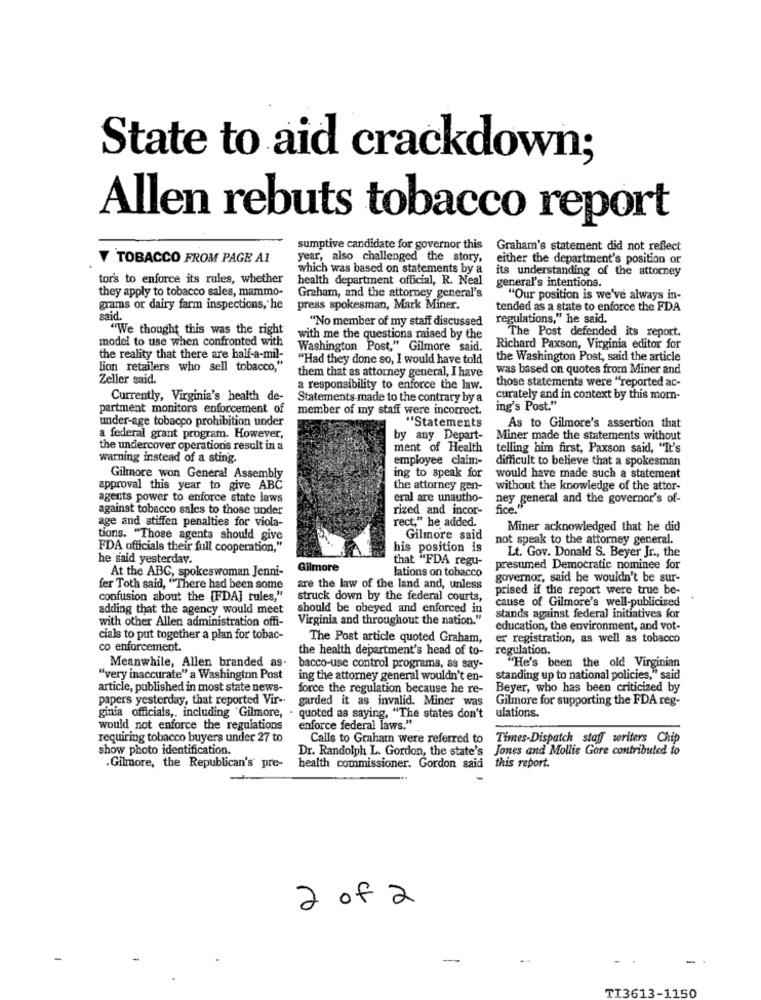
State to aid crackdown;
Allen rebuts tobacco report
sumptive candidate for governor this
Graham's statement did not reflect
TOBACCO FROM PAGE AI
year, also challenged the story,
either the department's position or
which was based on statements by a
its understanding of the attorney
tor's to enforce its rules, whether
health department official, R. Neal
general's intentions.
they apply to tobacco sales, mammo-
Graham, and the attorney general's
"Our position is we've always in-
grams or dairy farm inspections, he
press spokesman, Mark Miner.
tended as a state to enforce the FDA
said.
"No member of my staff discussed
regulations," he said.
"We thought this was the right
model to use when confronted with
with me the questions raised by the
The Post defended its report.
Washington Post," Gilmore said.
Richard Paxson, Virginia editor for
the reality that there are half-a-mil-
"Had they done so, I would have told
the Washington Post, said the article
lion retailers who sell tobacco,"
them that as attorney general, I have
was based on quotes from Miner and
Zeller said.
those statements were "reported ac-
a responsibility to enforce the law.
Currently, Virginia's health de-
Statements made to the contrary by a
curately and in context by this mom-
partment monitors enforcement of
member of my staff were incorrect.
ing's Post."
under-age tobacco prohibition under
"Statements
As to Gilmore's assertion that
a federal grant program. However,
by any Depart-
Miner made the statements without
the undercover operations result in a
ment of Health
telling him first, Paxson said, "It's
warning instead of a sting.
employee claim-
difficult to believe that a spokesman
Gilmore won General Assembly
ing to speak for
would have made such a statement
approval this year to give ABC
the attorney gen-
without the knowledge of the attor-
agents power to enforce state laws
eral are unautho-
ney general and the governor's of-
against tobacco sales to those under
rized and incor-
age and stiffen penalties for viola-
rect," he added.
Miner acknowledged that he did
tions. "Those agents should give
Gilmore said
not speak to the attorney general.
FDA officials their full cooperation,"
his position is
Lt. Gov. Donald S. Beyer Jr ., the
he said yesterday.
that "FDA regu-
At the ABC, spokeswoman Jenni-
Gilmore
lations on tobacco
presumed Democratic nominee for
governor, said he wouldn't be sur-
fer Toth said, "There had been some
are the law of the land and, unless
prised if the report were true be-
confusion about the [FDA] rules,"
struck down by the federal courts,
cause of Gilmore's well-publicized
adding that the agency would meet
should be obeyed and enforced in
with other Allen administration offi-
Virginia and throughout the nation."
stands against federal initiatives for
education, the environment, and vot-
cials to put together a plan for tobac-
The Post article quoted Graham,
er registration, as well as tobacco
co enforcement.
the health department's head of to-
regulation.
Meanwhile, Allen branded as.
bacco-use control programs, as say-
"He's been the old Virginian
"very inaccurate" a Washington Post
ing the attorney general wouldn't en-
standing up to national policies," said
article, published in most state news-
force the regulation because he re-
Beyer, who has been criticized by
papers yesterday, that reported Vir-
garded it as invalid. Miner was
Gilmore for supporting the FDA reg-
ginia officials ,, including "Gilmore, . quoted as saying, "The states don't
ulations.
would not enforce the regulations
enforce federal laws."
requiring tobacco buyers under 27 to
Calls to Grahat were referred to
Times-Dispatch staff writers Chip
show photo identification.
Dr. Randolph L. Gordon, the state's Jones and Mollie Gore contributed to
. Gilmore, the Republican's' pre-
health commissioner. Gordon said this report.
2 of 2
TI3613-1150